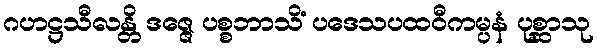
ဂဟဋ္ဌသီလန္တိ ဒဇ္ဇေ ပစ္စဘာသိံ ပဒေသပထဝီကမ္ပနံ ပုစ္ဆာသု